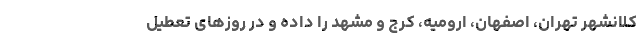
کلانشهر تهران، اصفهان، ارومیه، کرج و مشهد را داده و در روزهای تعطیل